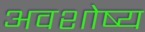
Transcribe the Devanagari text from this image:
अवशोष्य